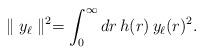
LaTeX: \begin{align*}\parallel y_\ell \parallel^2 =\int_0^\infty dr \, h(r) \, y_\ell(r)^2.\end{align*}